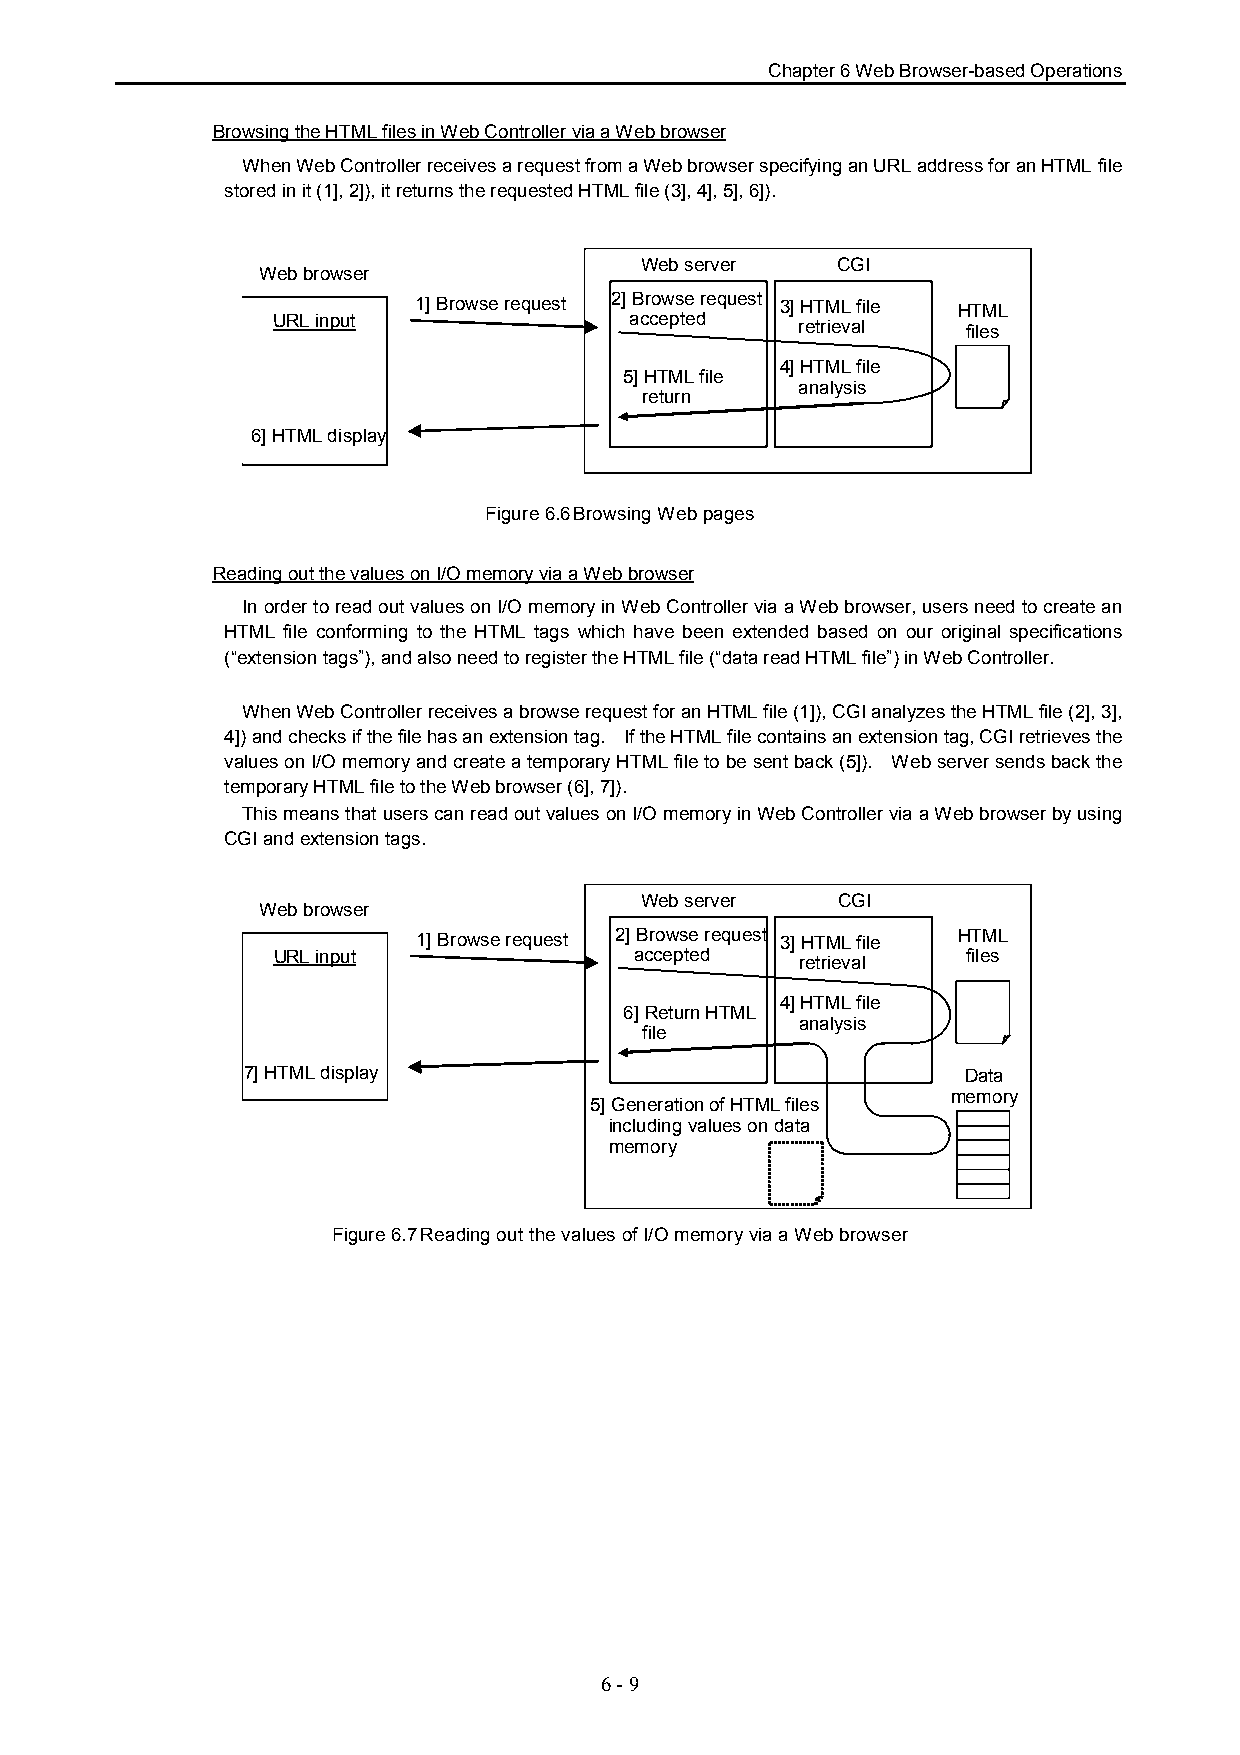
Chapter 6 Web Browser-based Operations
 Browsing the HTML files in Web Controller via a Web browser
 When Web Controller receives a request from a Web browser specifying an URL address for an HTML file
 stored in it (1], 2]), it returns the requested HTML file (3], 4], 5], 6]).
 Web server   CGI
 Web browser
 1] Browse request 2] Browse request 3] HTML file HTML
 URL input               accepted
 retrieval  files
 4] HTML file
 5] HTML file
 analysis
 return
 6] HTML display
 Figure 6.6Browsing Web pages
 Reading out the values on I/O memory via a Web browser
 In order to read out values on I/O memory in Web Controller via a Web browser, users need to create an
 HTML file conforming to the HTML tags which have been extended based on our original specifications
 (“extension tags”), and also need to register the HTML file (“data read HTML file”) in Web Controller.
 When Web Controller receives a browse request for an HTML file (1]), CGI analyzes the HTML file (2], 3],
 4]) and checks if the file has an extension tag. If the HTML file contains an extension tag, CGI retrieves the
 values on I/O memory and create a temporary HTML file to be sent back (5]). Web server sends back the
 temporary HTML file to the Web browser (6], 7]).
 This means that users can read out values on I/O memory in Web Controller via a Web browser by using
 CGI and extension tags.
 Web server   CGI
 Web browser
 1] Browse request 2] Browse request 3] HTML file HTML
 URL input               accepted              files
 retrieval
 4] HTML file
 6] Return HTML
 analysis
 file
 7] HTML display                                 Data
 memory
 5] Generation of HTML files
 including values on data
 memory
 Figure 6.7Reading out the values of I/O memory via a Web browser
 6 - 9